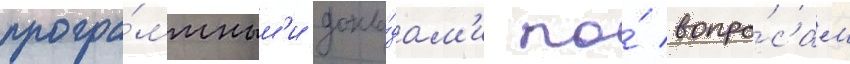
програ́ммным'и докла́дам'и по́ вопро́сам